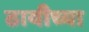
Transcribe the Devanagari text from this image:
ठायीच्या